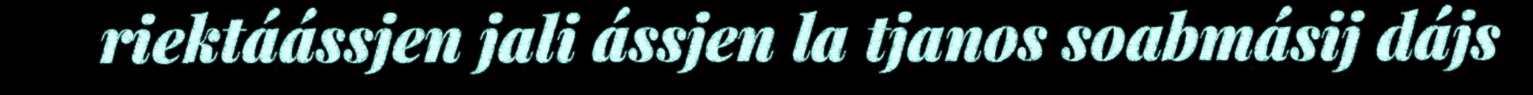
riektáássjen jali ássjen la tjanos soabmásij dájs